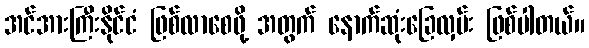
အင်အားကြီးနိုင်ငံ ဖြစ်လာစေဖို့ အတွက် နောက်ဆုံးခြေလှမ်း ဖြစ်ပါတယ်။